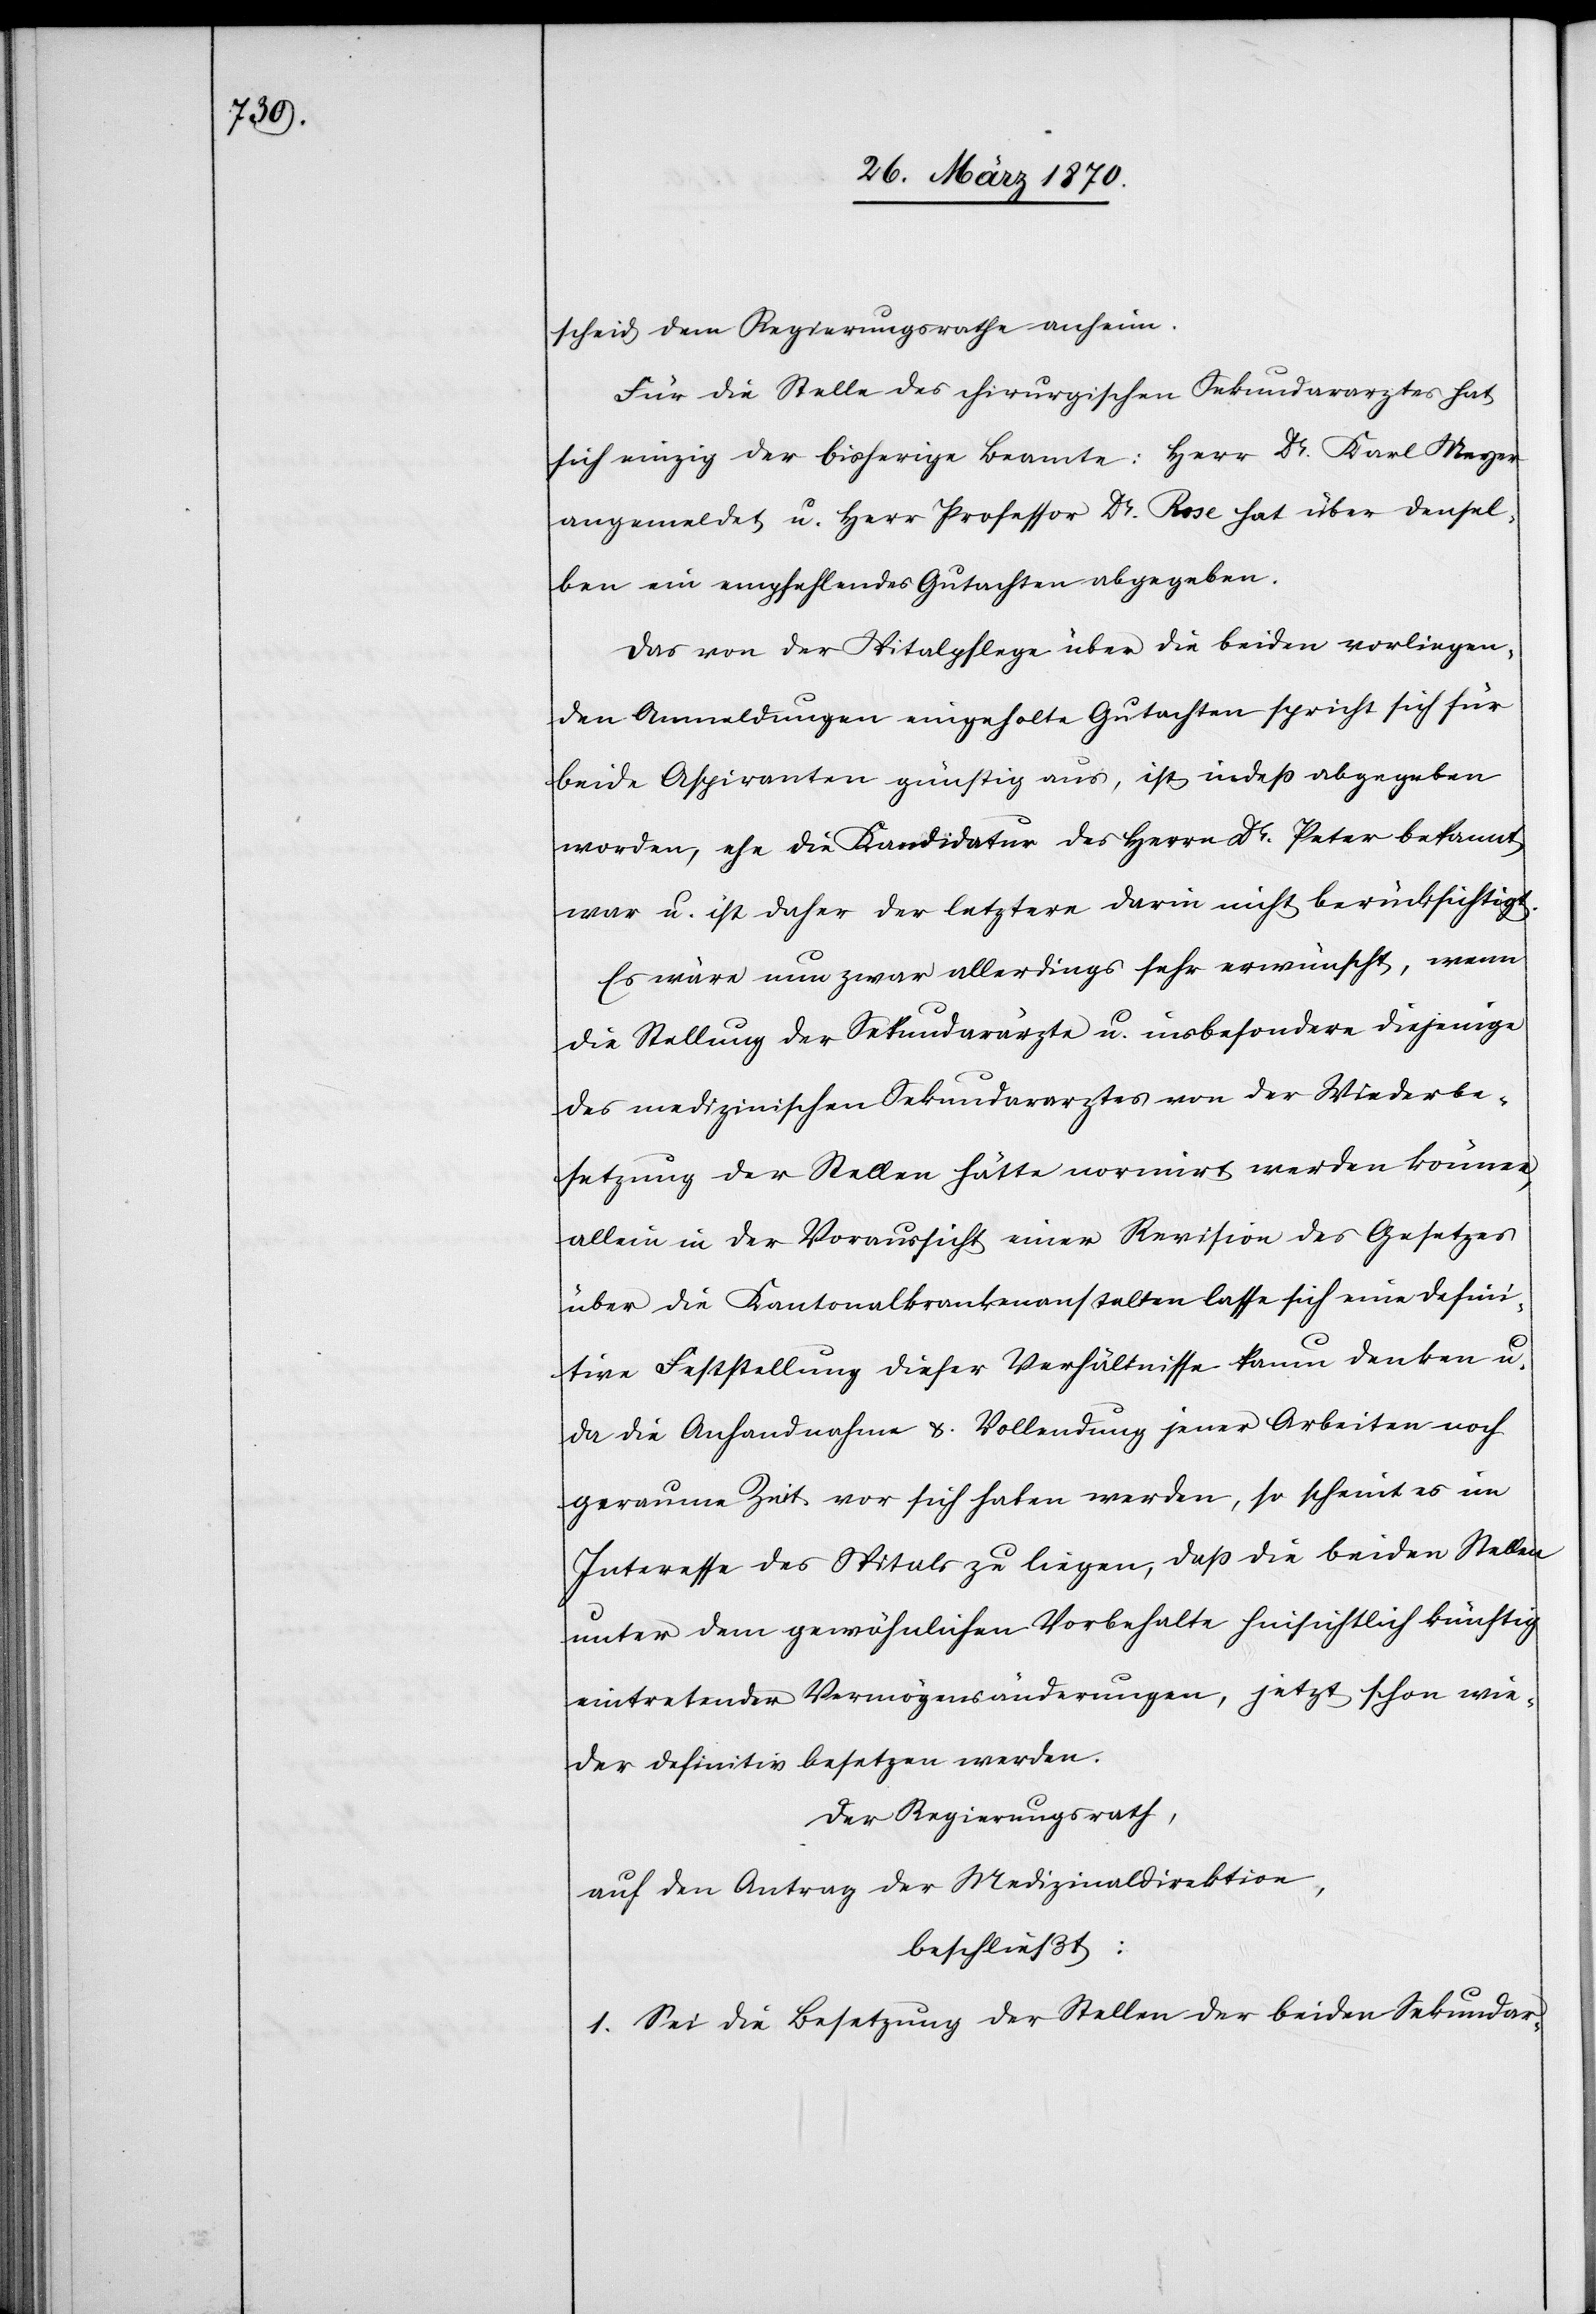
scheid dem Regierungsrathe anheim.
Für die Stelle des chirurgischen Sekundararztes hat
sich einzig der bisherige Beamte: Herr Dr. Karl Meyer
angemeldet u. Herr Professor Dr. Rose hat über densel¬
ben ein empfehlendes Gutachten abgegeben.
Das von der Spitalpflege über die beiden vorliegen¬
den Anmeldungen eingeholte Gutachten spricht sich für
beide Aspiranten günstig aus, ist indeß abgegeben
worden, ehe die Kandidatur des Herrn Dr. Peter bekannt
war u. ist daher der letztere darin nicht berücksichtigt.
Es wäre nun zwar allerdings sehr erwünscht, wenn
die Stellung der Sekundarärzte u. insbesondere diejenige
des medizinischen Sekundararztes von [sic!] der Wiederbe¬
setzung der Stellen hätte normirt werden können,
allein in der Voraussicht einer Revision des Gesetzes
über die Kantonalkrankenanstalten lasse sich eine defini¬
tive Feststellung dieser Verhältnisse kaum denken u.
da die Anhandnahme & Vollendung jener Arbeiten noch
geraume Zeit vor sich haben werden, so scheint es im
Interesse des Spitals zu liegen, daß die beiden Stellen
unter dem gewöhnlichen Vorbehalte hinsichtlich künftig
eintretender Vermögensänderungen, jetzt schon wie¬
der definitiv besetzt werden.
Der Regierungsrath,
auf den Antrag der Medizinaldirektion,
beschließt:
1. Sei die Besetzung der Stellen der beiden Sekundar-